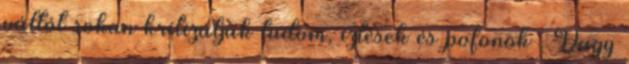
váltót sokan kritizálják tudom, ízlések és pofonok . Vagy